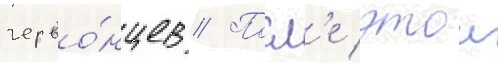
черво́нцев // Посл'е этои